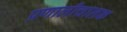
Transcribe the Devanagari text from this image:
प्रणालीचालक